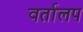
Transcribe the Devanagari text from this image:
वर्तालप